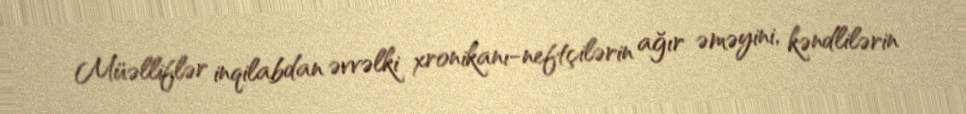
Müəlliflər inqilabdan əvvəlki xronikanı-neftçilərin ağır əməyini, kəndlilərin